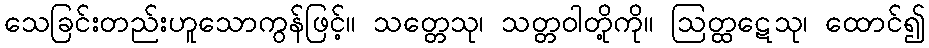
သေခြင်းတည်းဟူသောကွန်ဖြင့်။ သတ္တေသု၊ သတ္တဝါတို့ကို။ ဩတ္ထဋေသု၊ ထောင်၍